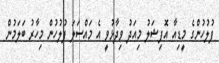
ފުލުހުންގެ މީޑިއާ އޮފިޝަލު މިއަދު ވިދާޅުވީ އެ މައްސަލަ ފުލުހުން މިހާރު ބަލަމުން